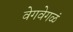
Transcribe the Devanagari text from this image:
वेगवेगळं